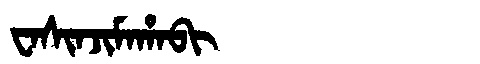
Manchu: ᠸᠠᠰᡳᠨᠵᡳᠮᠠᡥᠠᠪᡳ
Romanization: WASINJIMAHABI